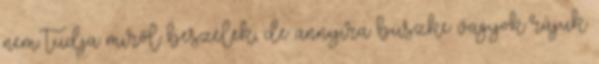
nem tudja miről beszélek, de annyira büszke vagyok rájuk